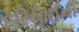
દરિયાઈની